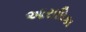
આરાધિકા